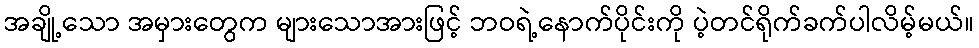
အချို့သော အမှားတွေက များသောအားဖြင့် ဘဝရဲ့နောက်ပိုင်းကို ပဲ့တင်ရိုက်ခက်ပါလိမ့်မယ်။